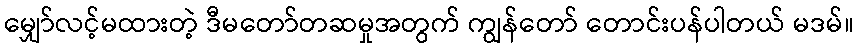
မျှော်လင့်မထားတဲ့ ဒီမတော်တဆမှုအတွက် ကျွန်တော် တောင်းပန်ပါတယ် မဒမ်။